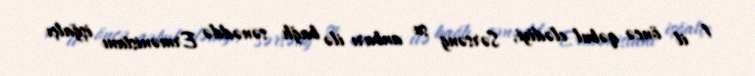
1 il öncə qəbul elədiyi, Sərsəng su anbarı ilə bağlı sənəddə Ermənistanı işğalçı